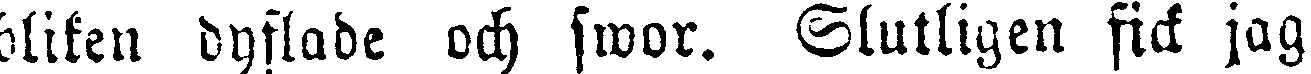
bliken dyflade och swor. Slutligen fick jag